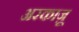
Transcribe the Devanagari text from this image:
अरकाज़ू